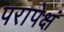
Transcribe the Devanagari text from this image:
परापेक्षं